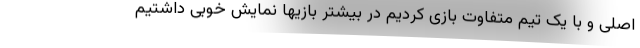
اصلی و با یک تیم متفاوت بازی کردیم در بیشتر بازیها نمایش خوبی داشتیم